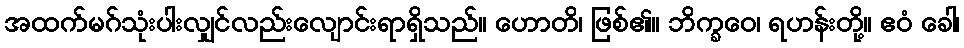
အထက်မဂ်သုံးပါးလျှင်လည်းလျောင်းရာရှိသည်။ ဟောတိ၊ ဖြစ်၏။ ဘိက္ခဝေ၊ ရဟန်းတို့။ ဧဝံ ခေါ၊